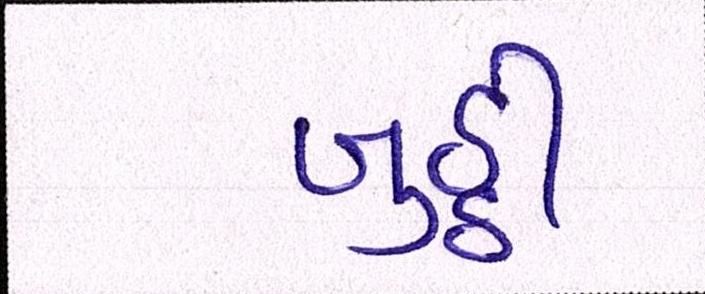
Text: બુઠ્ઠી